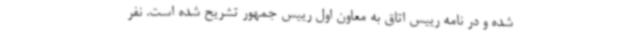
شده و در نامه رییس اتاق به معاون اول رییس جمهور تشریح شده است. نفر